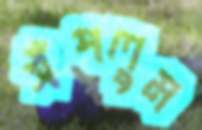
সঁপলুম